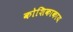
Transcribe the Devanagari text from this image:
कोशिकाकाय